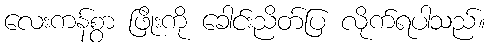
လေးကန်စွာ ဖြိုးကို ခေါင်းညိတ်ပြ လိုက်ရပါသည်။